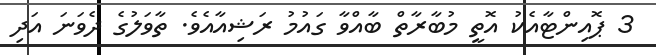
3 ޕޮއިންޓާއެކު އޮތީ މުބާރާތް ބާއްވާ ގައުމު ރަޝިއާއެވެ. ތާވަލުގެ ދެވަނަ އަދި